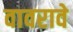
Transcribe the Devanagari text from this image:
वावरावे